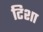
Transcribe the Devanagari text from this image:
टिशा